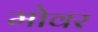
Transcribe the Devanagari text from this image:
मोवर